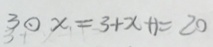
3 0 x = 3 + x + 1 = 2 0